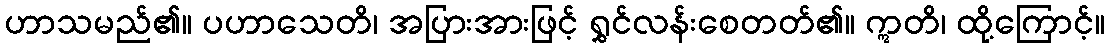
ဟာသမည်၏။ ပဟာသေတိ၊ အပြားအားဖြင့် ရွှင်လန်းစေတတ်၏။ ဣတိ၊ ထို့ကြောင့်။